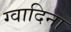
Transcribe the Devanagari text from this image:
ग्वादिना